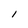
Character: 1